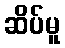
ဆိပ်မူ